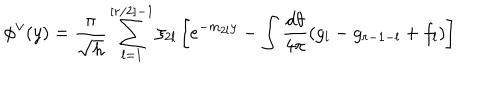
LaTeX: \phi ^ { \vee } ( y ) = \frac { \pi } { \sqrt { h } } \sum _ { l = 1 } ^ { [ r / 2 ] - 1 } \xi _ { 2 l } \left[ e ^ { - m _ { 2 l } y } - \int \frac { d \theta } { 4 \pi } ( g _ { l } - g _ { r - 1 - l } + f _ { l } ) \right]